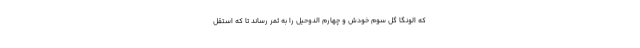
که الونگا گل سوم خودش و چهارم الدوحیل را به ثمر رساند تا که استقل